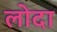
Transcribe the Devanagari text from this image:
लोदा